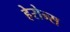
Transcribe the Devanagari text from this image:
हेरोन्स